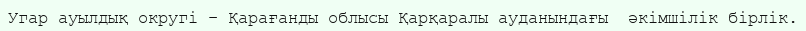
Угар ауылдық округі – Қарағанды облысы Қарқаралы ауданындағы  әкімшілік бірлік.